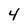
Character: 4